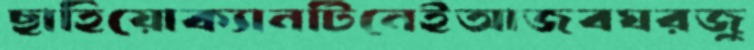
ছাহিয়োক্যানটিনেইআজবঘরজু